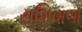
રાશિવાળા